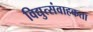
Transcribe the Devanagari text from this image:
विद्युत्संवाहकता